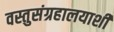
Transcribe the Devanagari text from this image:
वस्तुसंग्रहालयाशी